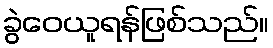
ခွဲဝေယူရန်ဖြစ်သည်။